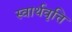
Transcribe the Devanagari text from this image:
स्वार्थवृत्ति